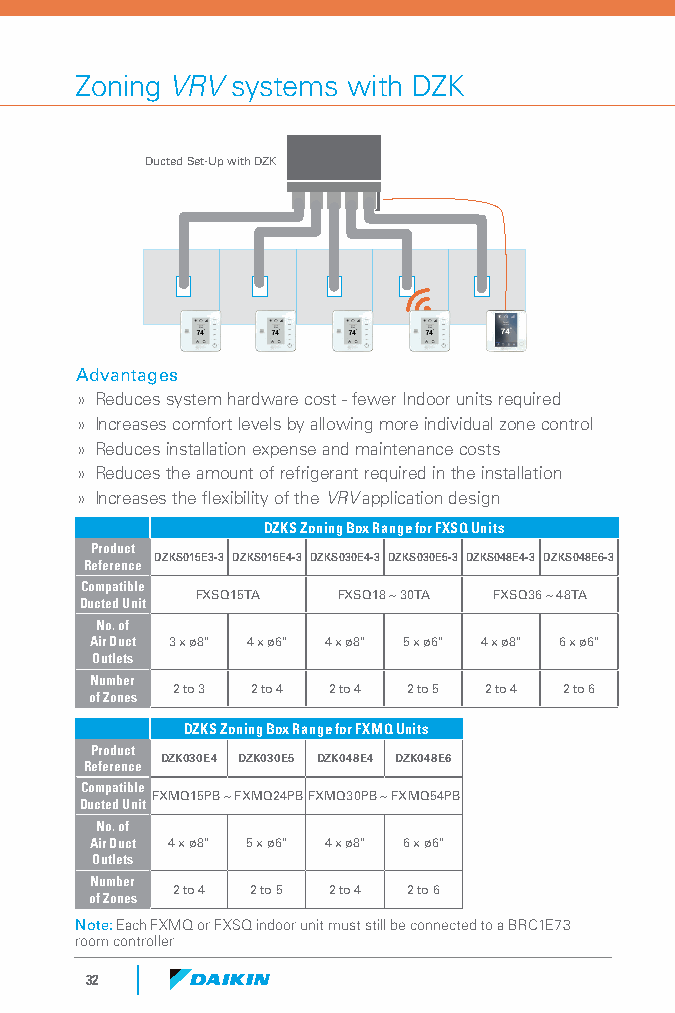
Zoning VRV systems with DZK
 Ducted Set-Up with DZK
 Advantages
 » Reduces system hardware cost - fewer Indoor units required
 » Increases comfort levels by allowing more individual zone control
 » Reduces installation expense and maintenance costs
 » Reduces the amount of refrigerant required in the installation
 » Increases the flexibility of the VRV application design
 DZKS Zoning Box Range for FXSQ Units
 Product
 DZKS015E3-3 DZKS015E4-3 DZKS030E4-3 DZKS030E5-3 DZKS048E4-3 DZKS048E6-3
 Reference
 Compatible
 FXSQ15TA FXSQ18 ~ 30TA FXSQ36 ~ 48TA
 Ducted Unit
 No. of
 Air Duct 3 x ø8" 4 x ø6" 4 x ø8" 5 x ø6" 4 x ø8" 6 x ø6"
 Outlets
 Number
 2 to 3 2 to 4 2 to 4 2 to 5 2 to 4 2 to 6
 of Zones
 DZKS Zoning Box Range for FXMQ Units
 Product
 DZK030E4 DZK030E5 DZK048E4 DZK048E6
 Reference
 Compatible
 FXMQ15PB ~ FXMQ24PBFXMQ30PB ~ FXMQ54PB
 Ducted Unit
 No. of
 Air Duct 4 x ø8" 5 x ø6" 4 x ø8" 6 x ø6"
 Outlets
 Number
 2 to 4 2 to 5 2 to 4 2 to 6
 of Zones
 Note: Each FXMQ or FXSQ indoor unit must still be connected to a BRC1E73
 room controller
 32